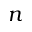
n